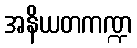
အနိယတကဏ္ဍ